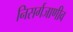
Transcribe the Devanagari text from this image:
निसर्गजाणीव